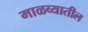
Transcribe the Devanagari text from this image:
माळव्यातील